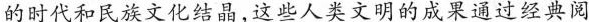
的时代和民族文化结晶,这此人类文明的成果通过经典阅